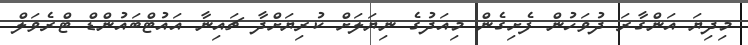
މިދިޔަ އަންގާރަ ދުވަހުން ފެށިގެން މިއަދުގެ ނިޔަލަށް ކުރިޔަށްދާ ޗައިނާ އައުޓްބައުންޑް ޓްރެވަލް